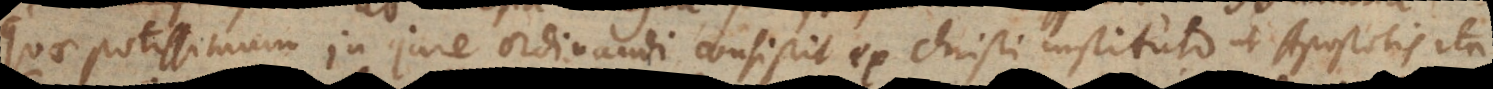
quae potissimum in jure ordinandi consistit ex Christi institut